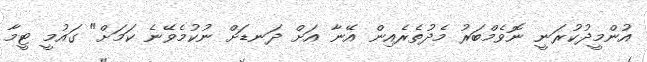
އުންމީދުކުރަނީ ނޮވެމްބަރު މެދުތެރެއިން އޭނާ އަށް ދަނޑަށް ނުކުމެވޭނެ ކަމަށް" ގައުމީ ޓީމާ